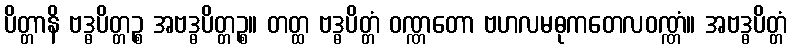
ပိတ္တာနိ ဗဒ္ဓပိတ္တဉ္စ အဗဒ္ဓပိတ္တဉ္စ။ တတ္ထ ဗဒ္ဓပိတ္တံ ဝဏ္ဏတော ဗဟလမဓုကတေလဝဏ္ဏံ။ အဗဒ္ဓပိတ္တံ